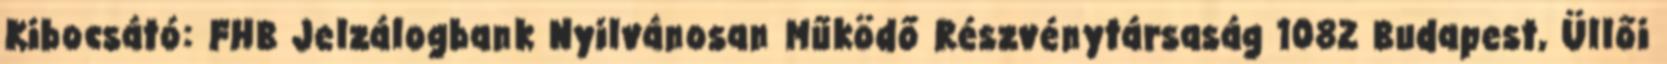
Kibocsátó: FHB Jelzálogbank Nyilvánosan Működő Részvénytársaság 1082 Budapest, Üllői